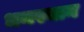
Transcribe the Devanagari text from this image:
धनस्थान